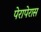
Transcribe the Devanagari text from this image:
पेरापेरास